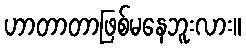
ဟာတာတာဖြစ်မနေဘူးလား။